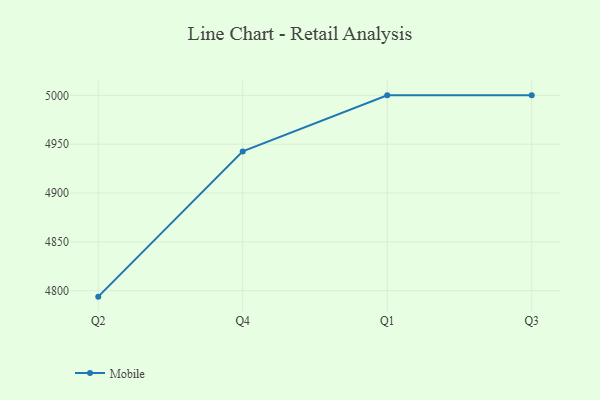
{"axis": {"x": "Quarter", "y": "Website Visitors"}, "legend": ["Mobile"], "data": [{"x": "Q2", "y": 4793.9, "type": "Mobile"}, {"x": "Q4", "y": 4942.6, "type": "Mobile"}, {"x": "Q1", "y": 5000, "type": "Mobile"}, {"x": "Q3", "y": 5000, "type": "Mobile"}]}